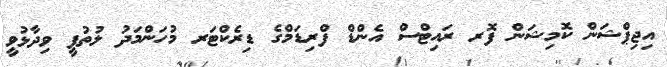
އިޖިޕްޝަން ކޮމިޝަން ފޮރ ރައިޓްސް އެންޑް ފްރިޑަމްގެ ޑިރެކްޓަރ މުހަންމަދު ލުތުފީ ވިދާޅުވީ